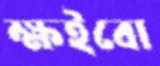
ক্ষইবো